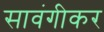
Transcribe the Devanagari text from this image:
सावंगीकर